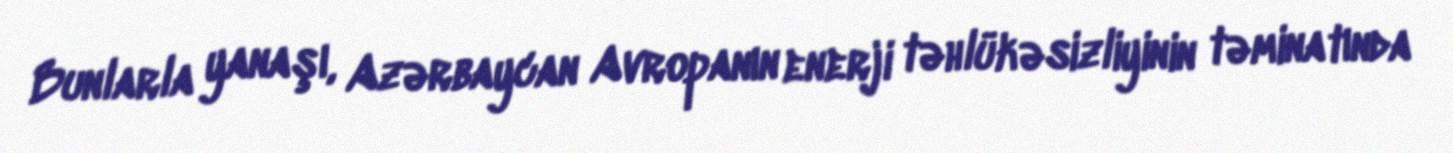
Bunlarla yanaşı, Azərbaycan Avropanın enerji təhlükəsizliyinin təminatında